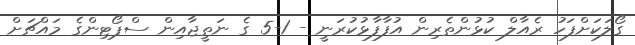
ގޯލަކަށްފަހު ރެއާލް ކުޅުންތެރިން އުފާފާޅުކުރަނީ - 1-5 ގެ ނަތީޖާއިން ސްޕޯޓިންގެ މައްޗަށް